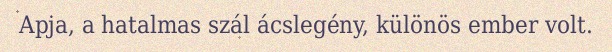
Apja, a hatalmas szál ácslegény, különös ember volt.